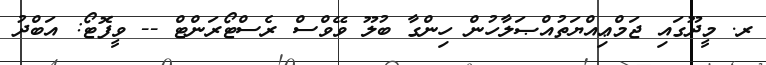
ރ. މީދޫގައި ޖަމްޢިއްޔަތުއްޞަލާހުން ހިންގާ ބުލޫ ވޭވްސް ރެސްޓޯރަންޓް -- ވީފޮޓޯ: އަބްދު